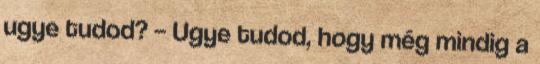
ugye tudod? – Ugye tudod, hogy még mindig a